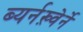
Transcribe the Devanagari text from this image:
ब्यर्नख़्वेर्ने